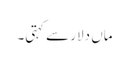
ماں دلار سے کہتی۔